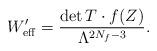
LaTeX: \begin{align*}W^\prime_{\rm eff}=\frac{\det T\cdot f(Z)}{\Lambda^{2N_f-3}}.\end{align*}